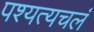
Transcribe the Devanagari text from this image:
पश्यत्यचलं